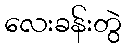
လေးခန်းတွဲ